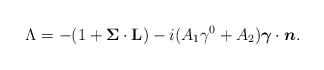
LaTeX: \begin{align*}\Lambda = -(1+{{\mbox{\boldmath $ \Sigma$}}\cdot{\bf L}})-i(A_1\gamma^0+A_2){\mbox{\boldmath $ \gamma$}}\cdot{\mbox{\boldmath $n$}}.\end{align*}